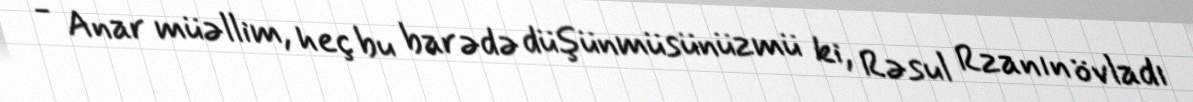
- Anar müəllim, heç bu barədə düşünmüsünüzmü ki, Rəsul Rzanın övladı